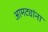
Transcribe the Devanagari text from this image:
आमट्यांना